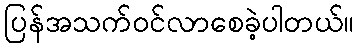
ပြန်အသက်ဝင်လာစေခဲ့ပါတယ်။